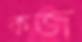
কজ